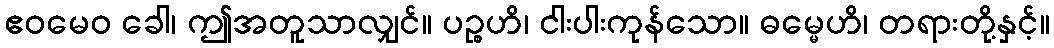
ဧဝမေဝ ခေါ၊ ဤအတူသာလျှင်။ ပဉ္စဟိ၊ ငါးပါးကုန်သော။ ဓမ္မေဟိ၊ တရားတို့နှင့်။